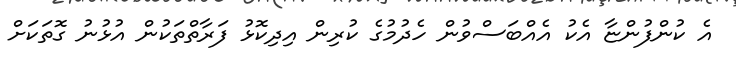
އެ ކުންފުންޏާ އެކު އެއްބަސްވުން ހެދުމުގެ ކުރިން އިދިކޮޅު ފަރާތްތަކުން އުޅުނު ގޮތަކަށް